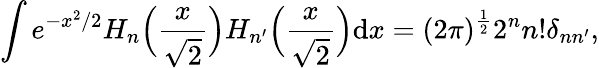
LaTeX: \int\! \, e^{-x^{2}/2}H_{n}\Big(\frac{x}{\sqrt 2}\Big)H_{n^{\prime}}\Big(\frac{x}{\sqrt 2}\Big){\mathrm{d}x}=(2\pi)^{\frac{1}{2}}2^{n}n!\delta_{nn^{\prime}},